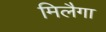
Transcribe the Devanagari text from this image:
मिलैगा